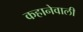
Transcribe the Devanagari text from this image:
कहानेवाली